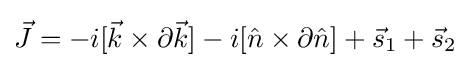
{\vec {J}}=-i[{\vec {k}}\times \partial {\vec {k}}]-i[{\hat {n}}\times \partial {\hat {n}}]+{\vec {s}}_{1}+{\vec {s}}_{2}